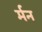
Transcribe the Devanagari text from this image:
र्मन